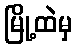
မြို့ထဲမှ